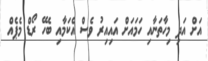
އަށް އަދި މިހާތަނާއި ހަމައަށް އައިއިރު ވެސް އެކަމާއި ބެހޭ ރޯޑް މެޕެއް